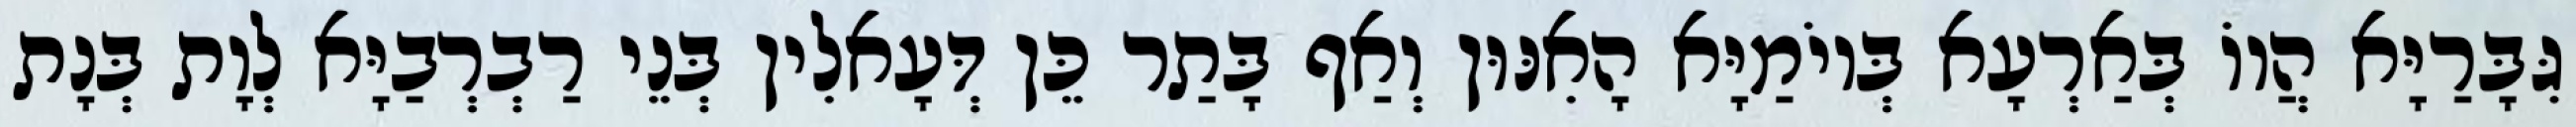
גִּבָּרַיָּא הֲווֹ בְּאַרְעָא בְּיוֹמַיָּא הָאִנּוּן וְאַף בָּתַר כֵּן דְּעָאלִין בְּנֵי רַבְרְבַיָּא לְוָת בְּנָת